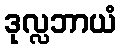
ဒုလ္လဘာယံ